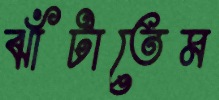
ঝাঁটাতেম